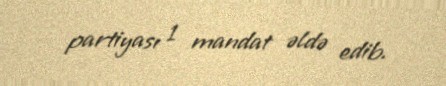
partiyası 1 mandat əldə edib.